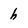
Character: h